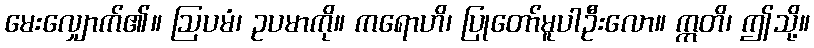
မေးလျှောက်၏။ ဩပမံ၊ ဥပမာကို။ ကရောဟိ၊ ပြုတော်မူပါဦးလော။ ဣတိ၊ ဤသို့။